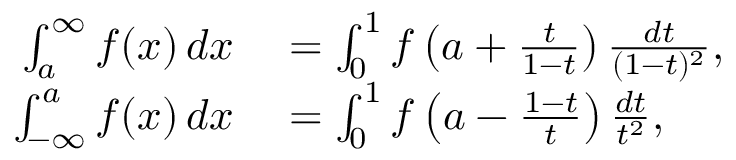
\begin{array} { r l } { \int _ { a } ^ { \infty } f ( x ) \, d x } & { { } = \int _ { 0 } ^ { 1 } f \left( a + { \frac { t } { 1 - t } } \right) { \frac { d t } { ( 1 - t ) ^ { 2 } } } , } \\ { \int _ { - \infty } ^ { a } f ( x ) \, d x } & { { } = \int _ { 0 } ^ { 1 } f \left( a - { \frac { 1 - t } { t } } \right) { \frac { d t } { t ^ { 2 } } } , } \end{array}